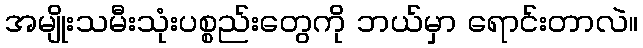
အမျိုးသမီးသုံးပစ္စည်းတွေကို ဘယ်မှာ ရောင်းတာလဲ။